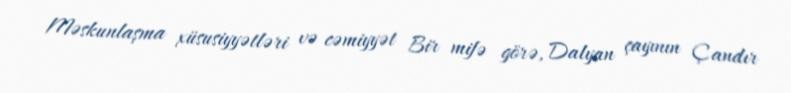
Məskunlaşma xüsusiyyətləri və cəmiyyət Bir mifə görə, Dalyan çayının Çandır